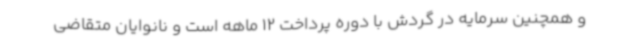
و همچنین سرمایه در گردش با دوره پرداخت 12 ماهه است و نانوایان متقاضی